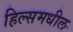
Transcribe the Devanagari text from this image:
हिल्समधील